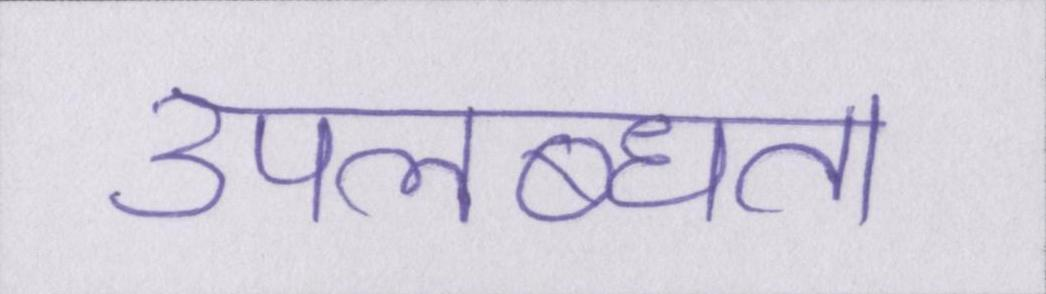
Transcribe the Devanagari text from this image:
उपलब्धता